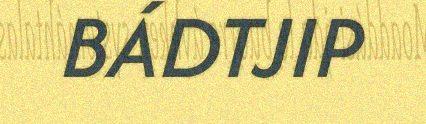
BÁDTJIP